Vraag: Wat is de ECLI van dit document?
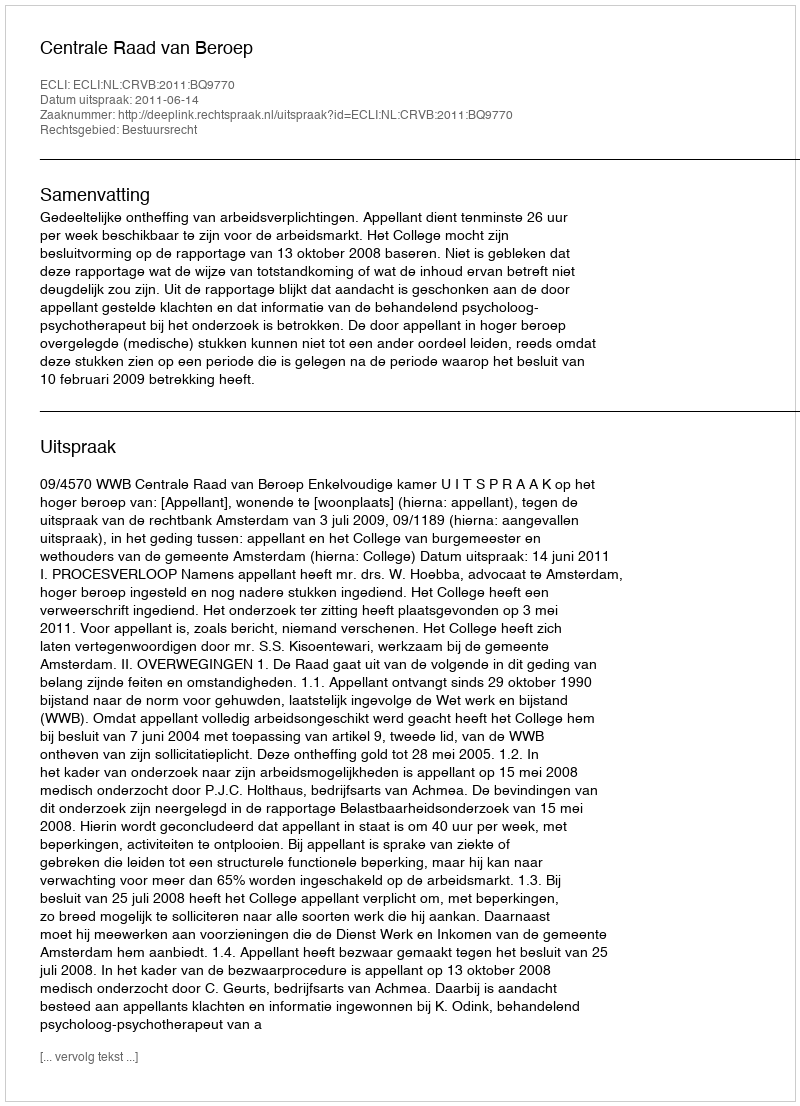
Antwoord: ECLI:NL:CRVB:2011:BQ9770